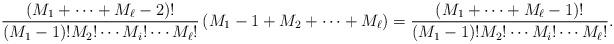
LaTeX: \begin{align*}\frac{(M_{1}+\cdots+M_{\ell}-2)!}{(M_{1}-1)!M_{2}!\cdots M_{i}!\cdots M_{\ell}!}\left(M_{1}-1+M_{2}+\cdots+M_{\ell}\right)=\frac{(M_{1}+\cdots+M_{\ell}-1)!}{(M_{1}-1)!M_{2}!\cdots M_{i}!\cdots M_{\ell}!}.\end{align*}